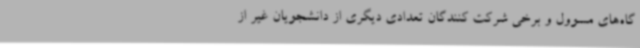
گاه‌های مسوول و برخی شرکت کنندگان تعدادی دیگری از دانشجویان غیر از